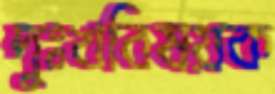
দুঃখবিষয়ক